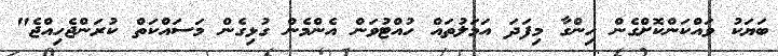
ބަޔަކު ވައްކަންކޮށްގެން ހިންގާ މިފަދަ އަމަލުތައް ހުއްޓުވަން އެންމެން ގުޅިގެން މަސައްކަތް ކުރަންޖެހިއްޖެ"